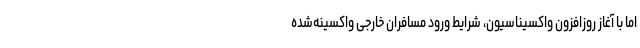
اما با آغاز روزافزون واکسیناسیون، شرایط ورود مسافران خارجی واکسینه‌شده